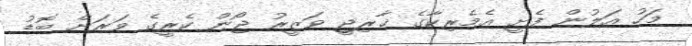
މަހު އަލުން ފެށީ އެމެރިކާގެ ޚާރިޖީ ވަޒީރު ޖޯން ކެރީގެ ވަރަށް ބޮޑު